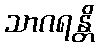
သာဂရန္တိ